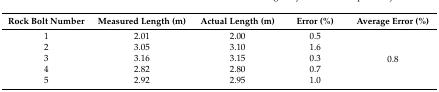
<table><thead><tr><td><b>Rock Bolt Number</b></td><td><b>Measured Length (m)</b></td><td><b>Actual Length (m)</b></td><td><b>Error (%)</b></td><td><b>Average Error (%)</b></td></tr></thead><tbody><tr><td>1</td><td>2.01</td><td>2.00</td><td>0.5</td><td rowspan="5">0.8</td></tr><tr><td>2</td><td>3.05</td><td>3.10</td><td>1.6</td></tr><tr><td>3</td><td>3.16</td><td>3.15</td><td>0.3</td></tr><tr><td>4</td><td>2.82</td><td>2.80</td><td>0.7</td></tr><tr><td>5</td><td>2.92</td><td>2.95</td><td>1.0</td></tr></tbody></table>